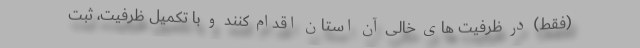
(فقط) در ظرفیت های خالی آن استان اقدام کنند و با تکمیل ظرفیت، ثبت